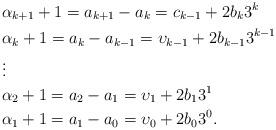
LaTeX: \begin{align*}&\alpha_{k+1}+1=a_{k+1}-a_{k}=c_{k-1}+2b_{k}3^{k}\\ &\alpha_{k}+1=a_{k}-a_{k-1}=\upsilon_{k-1}+2b_{k-1}3^{k-1}\\ &\vdots\\ &\alpha_{2}+1=a_{2}-a_{1}=\upsilon_{1}+2b_{1}3^1\\ &\alpha_{1}+1=a_{1}-a_{0}=\upsilon_{0}+2b_{0}3^0. \end{align*}